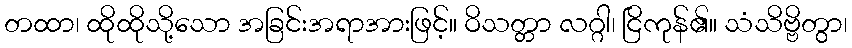
တထာ၊ ထိုထိုသို့သော အခြင်းအရာအားဖြင့်။ ဝိသတ္တာ လဂ္ဂါ၊ ငြိကုန်၏။ သံသိဗ္ဗိတွာ၊